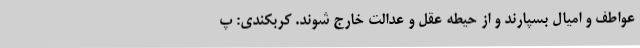
عواطف و امیال بسپارند و از حیطه عقل و عدالت خارج شوند. کربکندی: پ